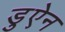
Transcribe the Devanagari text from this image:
डुऐन